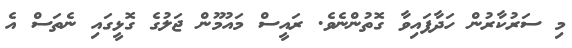
މި ސަރުކާރުން ހަދާފައިވާ ގޮތުންނެވެ. ރައީސް މައުމޫން ޖަލުގެ ގޮޅީގައި ނެތަސް އެ